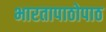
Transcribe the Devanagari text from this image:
भारतापाठोपाठ